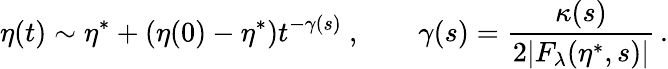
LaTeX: \eta(t)\sim\eta^{\ast}+(\eta(0)-\eta^{\ast})t^{-\gamma(s)}\ ,\qquad\gamma(s)=\frac{\kappa(s)}{2|F_{\lambda}(\eta^{\ast},s)|}\, .